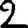
Digit: 2